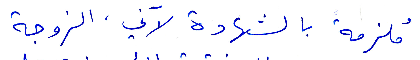
ملزمة بالشهادة لآني الزوجة